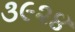
૩૯૨૪